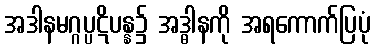
အဒါနမဂ္ဂပ္ပဋိပန္န၌ အဒ္ဓါနကို အရကောက်ပြပုံ